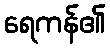
ရေကန်၏